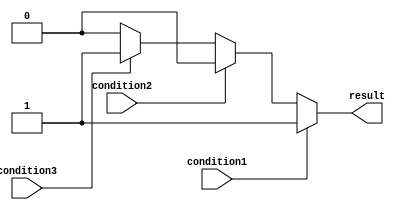
module if_else_ladder(
    input wire condition1,
    input wire condition2,
    input wire condition3,
    output reg result
);

always @(condition1 or condition2 or condition3)
begin
    if (condition1)
    begin
        // Code block for condition1
        result <= 1;
    end
    else if (condition2)
    begin
        // Code block for condition2
        result <= 2;
    end
    else if (condition3)
    begin
        // Code block for condition3
        result <= 3;
    end
    else
    begin
        // Code block for else condition
        result <= 0;
    end
end

endmodule